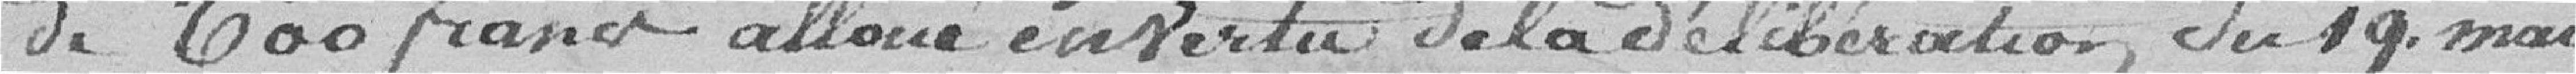
de 600 francs alloué en vertu de la délibération du 19 mai